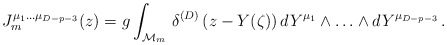
\begin{align*}J_m^{\mu_1\ldots\mu_{D-p-3}}(z) = g\int_{{\cal M}_m}\,\delta^{(D)}\left(z-Y(\zeta)\right) dY^{\mu_1} \wedge\ldots\wedge dY^{\mu_{D-p-3}} \,.\end{align*}